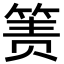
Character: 箦